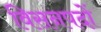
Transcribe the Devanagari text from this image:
विसनपदों